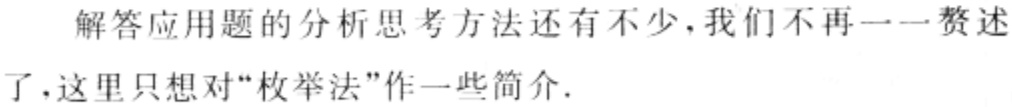
解答应用题的分析思考方法还有不少,我们不再一一赘述了,这里只想对"枚举法"作一些简介.